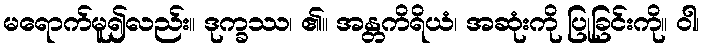
မရောက်မူ၍လည်း။ ဒုက္ခဿ၊ ၏။ အန္တကိရိယံ၊ အဆုံးကို ပြုခြင်းကို။ ဝါ၊